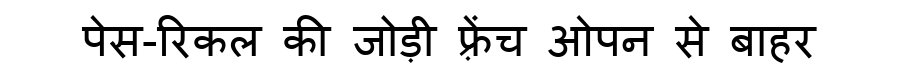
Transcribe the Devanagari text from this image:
पेस-रिकल की जोड़ी फ़्रेंच ओपन से बाहर